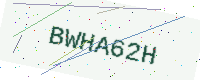
Text: BWHA62H